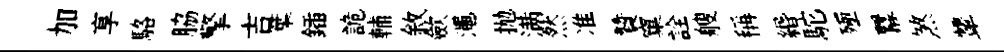
加享駱脇擎吉葉鍤詭輔敘歛澠抛满然准贊窠詮艘稱緡駝殛羃煞顰